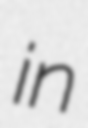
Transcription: in